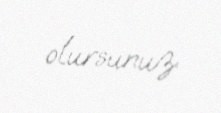
olursunuz.